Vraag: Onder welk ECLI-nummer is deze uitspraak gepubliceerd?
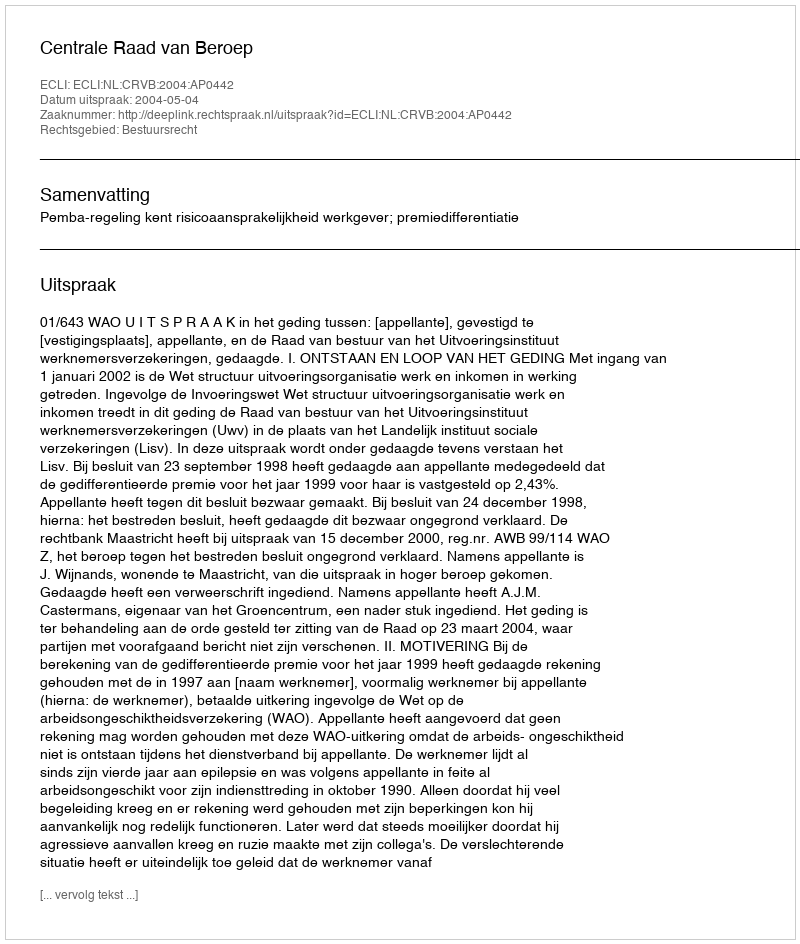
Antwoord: ECLI:NL:CRVB:2004:AP0442